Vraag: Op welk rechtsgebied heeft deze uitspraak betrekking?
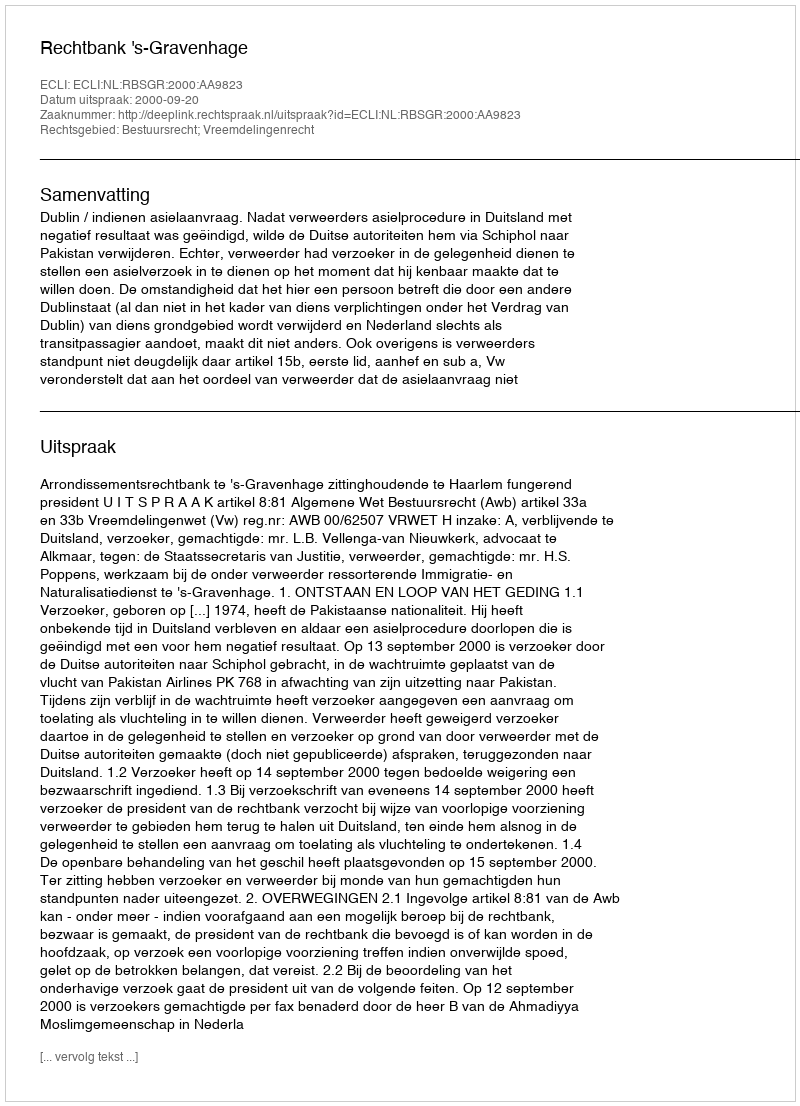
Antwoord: Bestuursrecht; Vreemdelingenrecht